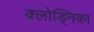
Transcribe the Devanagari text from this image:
क्लोड्निका